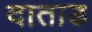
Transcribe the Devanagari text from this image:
दाताड